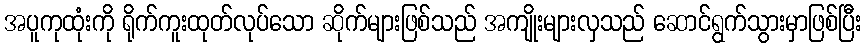
အပူကုထုံးကို ရိုက်ကူးထုတ်လုပ်သော ဆိုက်များဖြစ်သည် အကျိုးများလှသည် ဆောင်ရွက်သွားမှာဖြစ်ပြီး